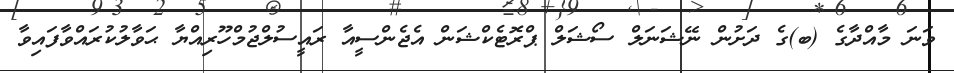
ވަނަ މާއްދާގެ (ބ)ގެ ދަށުން ނޭޝަނަލް ސޯޝަލް ޕްރޮޓެކްޝަން އެޖެންސީއާ ރައީސުލްޖުމްހޫރިއްޔާ ޙަވާލުކުރައްވާފައިވާ